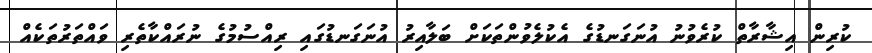
ކުރިން އިޝާރާތް ކުރެވުނު އުނަގަނޑުގެ އެކުލެވުންތަކަށް ބަލާއިރު އުނަގަނޑުގައި ރިއްސުމުގެ ނުރައްކާތެރި ވައްތަރުތަކެއް